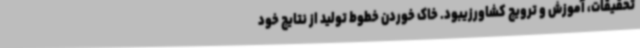
تحقیقات، آموزش و ترویج کشاورزیبود. خاک خوردن خطوط تولید از نتایج خود